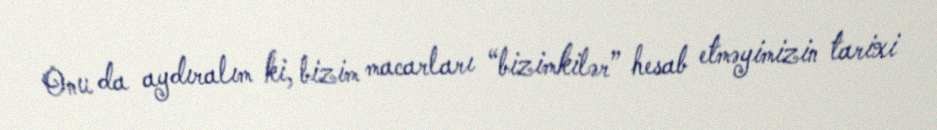
Onu da aydıralım ki, bizim macarları “bizimkilər” hesab etməyimizin tarixi